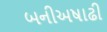
બનીઅષાઢી